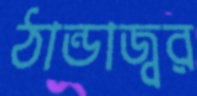
ঠান্ডাজ্বর